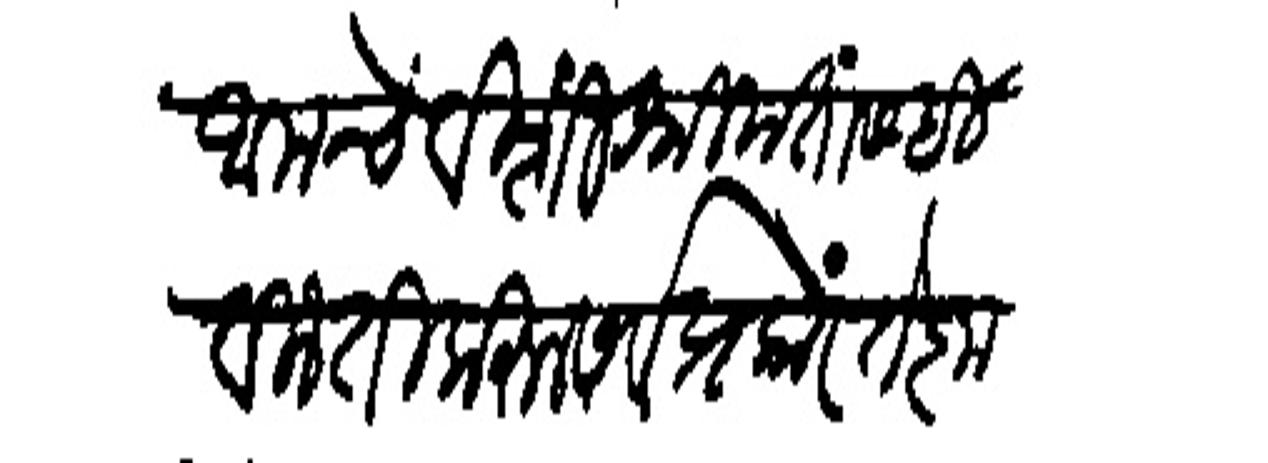
Transliteration (Devanagari): आमचे विशी श्रीमंतांसही विनंती करून सव प्रकारें ते कृ